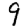
Digit: 9